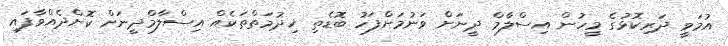
އުމަވީ ދަރިކޮޅުގެ މީހުން އިސްލާމް ދީނަށް ވަނުމަށްފަހު ބޮޑެތި ޚިދުމަތްތަކެއް އިސްލާމްދީނަށް ކޮށްދެއްވާފައި